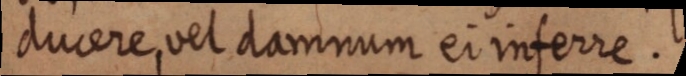
ducere, vel damnum ei inferre.